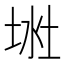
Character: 𱖶